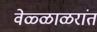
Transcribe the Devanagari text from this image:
वेळ्ळाळरांत